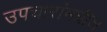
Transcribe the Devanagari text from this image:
उपचारांमधील